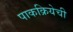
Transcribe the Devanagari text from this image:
पाकक्रियेची